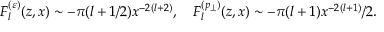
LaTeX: F _ { l } ^ { ( \varepsilon ) } ( z , x ) \sim - \pi ( l + 1 / 2 ) x ^ { - 2 ( l + 2 ) } , \quad F _ { l } ^ { ( p _ { \perp } ) } ( z , x ) \sim - \pi ( l + 1 ) x ^ { - 2 ( l + 1 ) } / 2 .